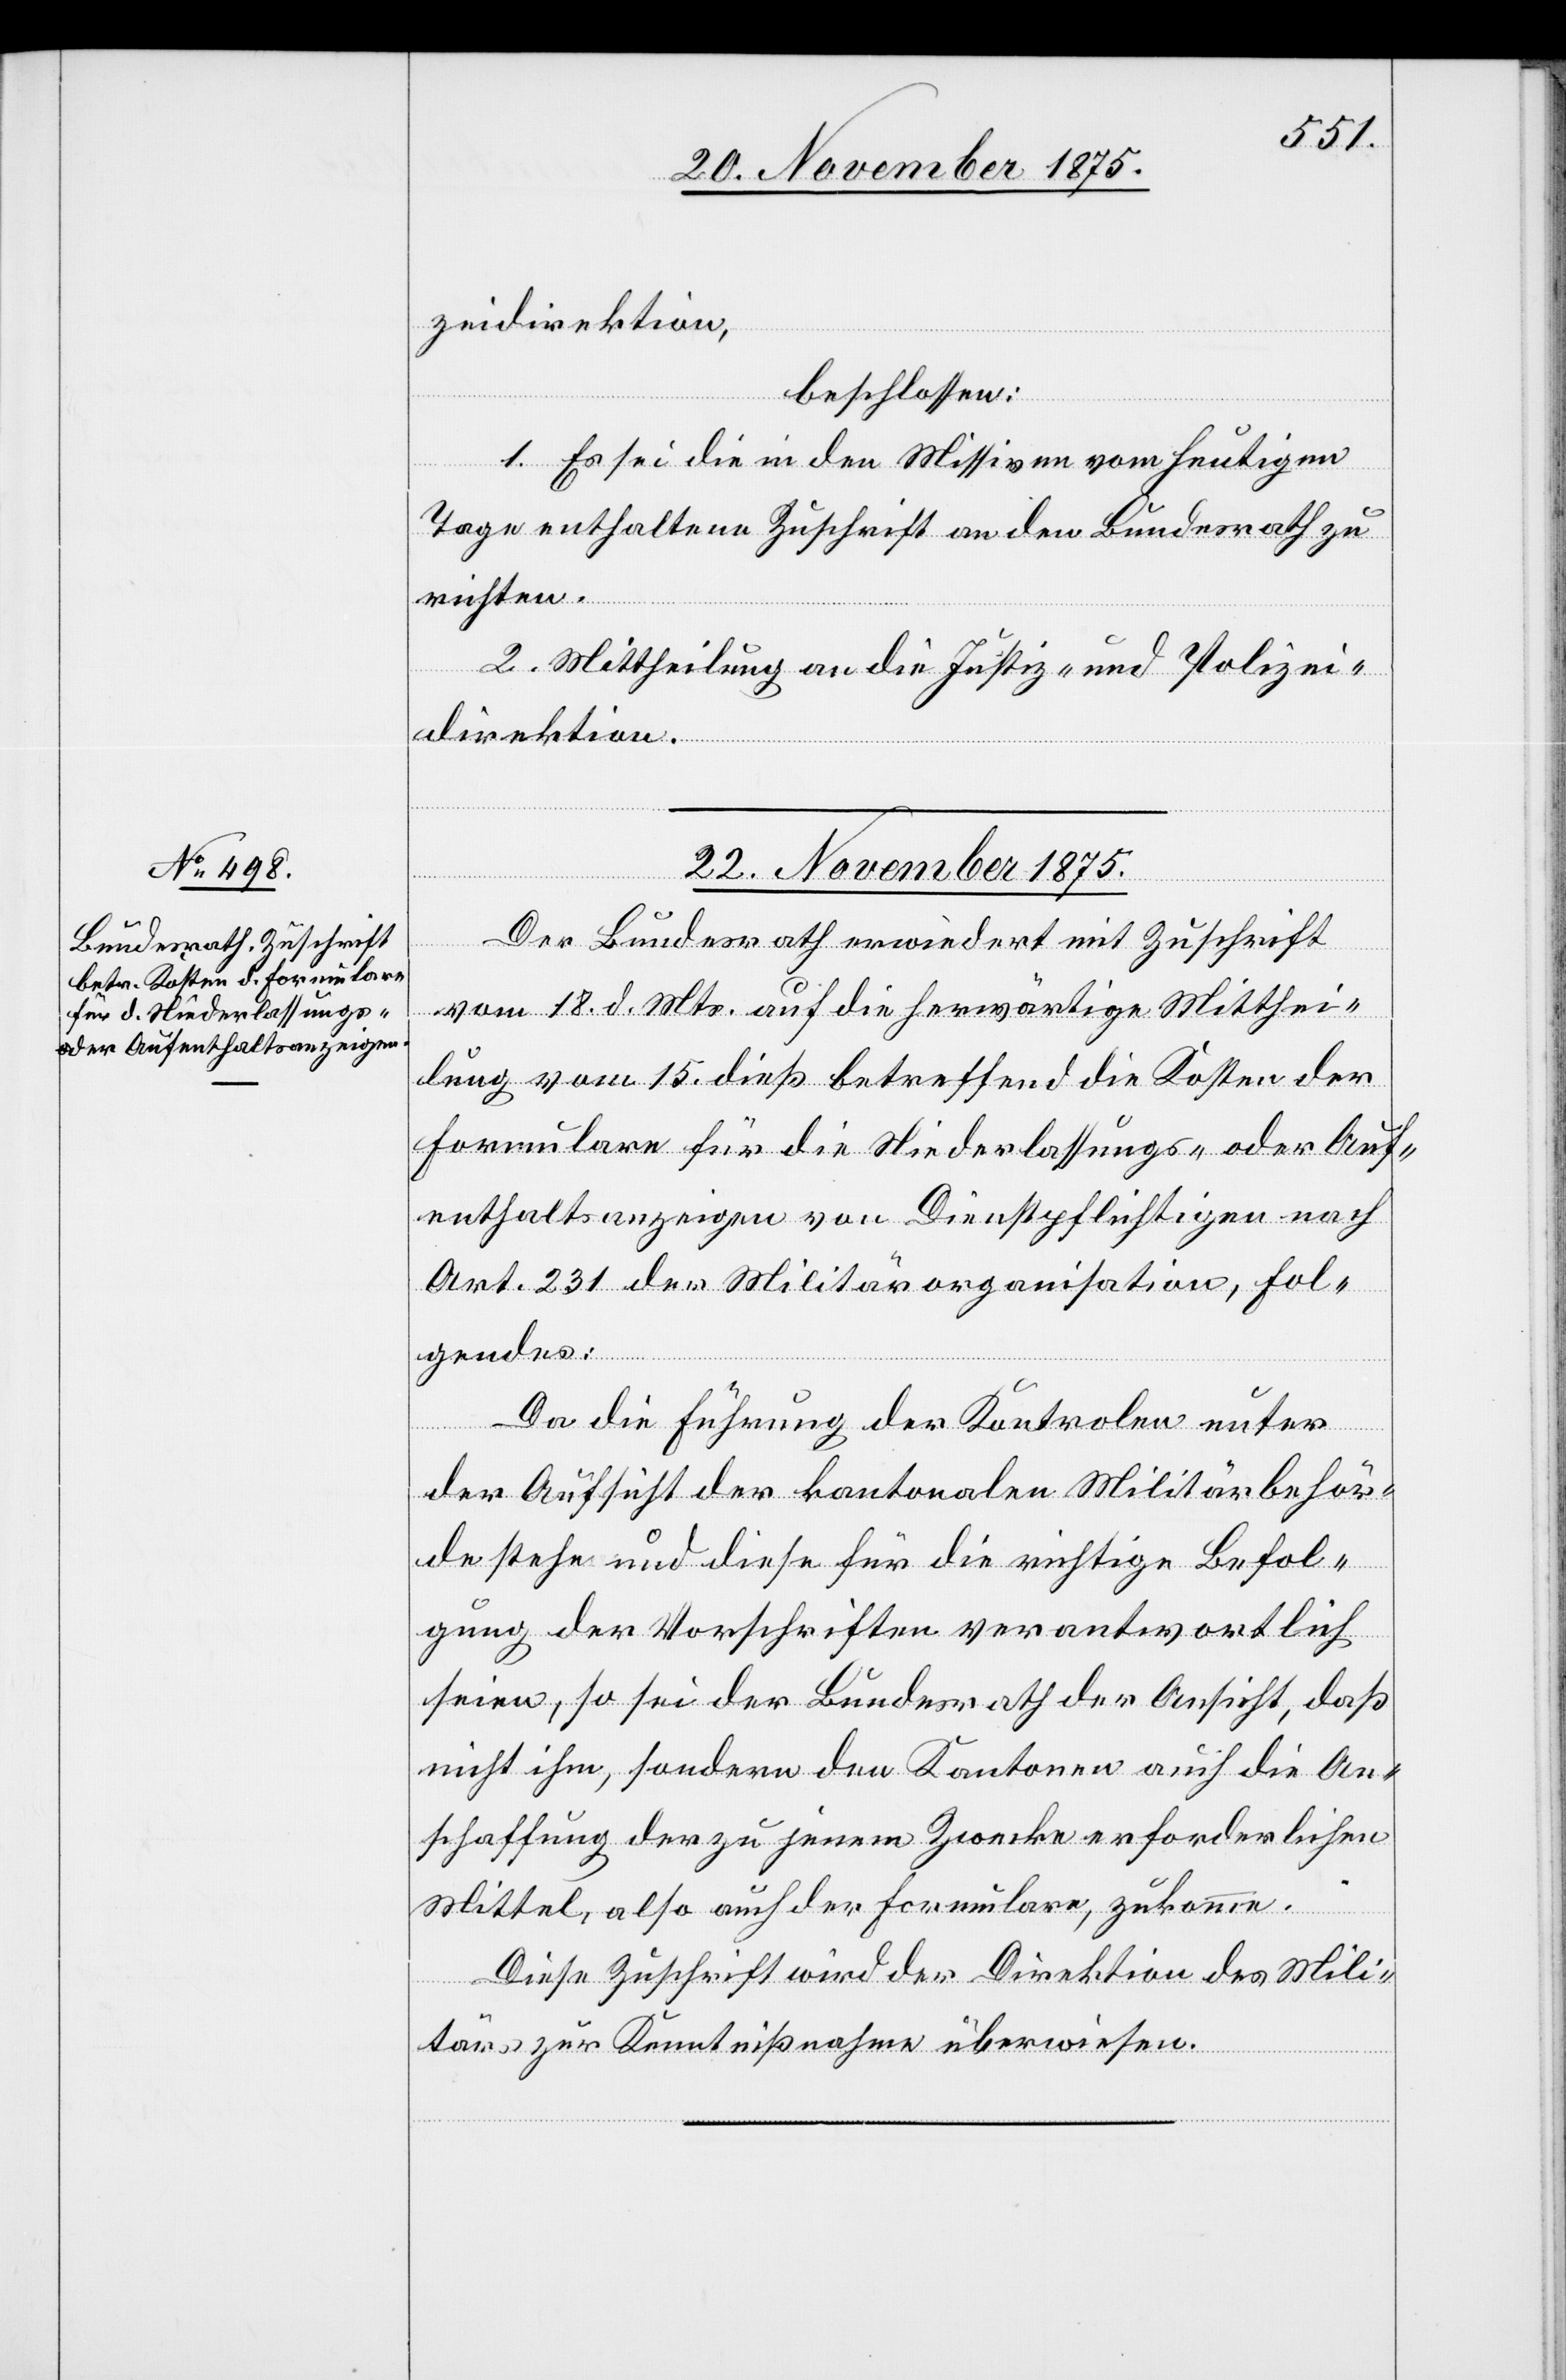
zeidirektion,
beschlossen:
1. Es sei die in den Missiven vom heutigen
Tage enthaltene Zuschrift an den Bundesrath zu
richten.
2. Mittheilung an die Justiz- und Polizei¬
direktion.
22. November 1875.
Der Bundesrath erwiedert mit Zuschrift
vom 18. d. Mts. auf die herwärtige Mitthei¬
lung vom 15. dieß betreffend die Kosten der
Formulare für die Niederlassungs- oder Auf¬
enthaltsanzeigen von Dienstpflichtigen nach
Art. 231 der Militärorganisation, Fol¬
gendes:
Da die Führung der Kontrolen unter
der Aufsicht der kantonalen Militärbehör¬
de stehe und diese für die richtige Befol¬
gung der Vorschriften verantwortlich
seien, so sei der Bundesrath der Ansicht, daß
nicht ihm, sondern den Kantonen auch die An¬
schaffung der zu jenem Zwecke erforderlichen
Mittel, also auch der Formulare, zukomme.
Diese Zuschrift wird der Direktion des Mili¬
tärs zur Kenntnißnahme überwiesen.